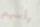
رأسهم